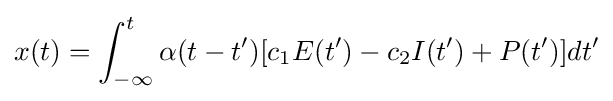
x(t)=\int _{-\infty }^{t}\alpha (t-t')[c_{1}E(t')-c_{2}I(t')+P(t')]dt'